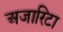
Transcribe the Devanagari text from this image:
अजारिटा